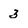
Character: 3